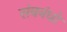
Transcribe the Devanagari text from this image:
संबनंधो